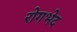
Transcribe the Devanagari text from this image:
रोगभेद